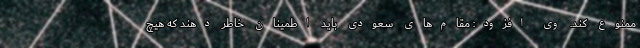
ممنوع کند. وی افزود: مقام‌های سعودی باید اطمینان خاطر دهند که هیچ